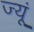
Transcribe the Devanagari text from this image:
ज्यूं